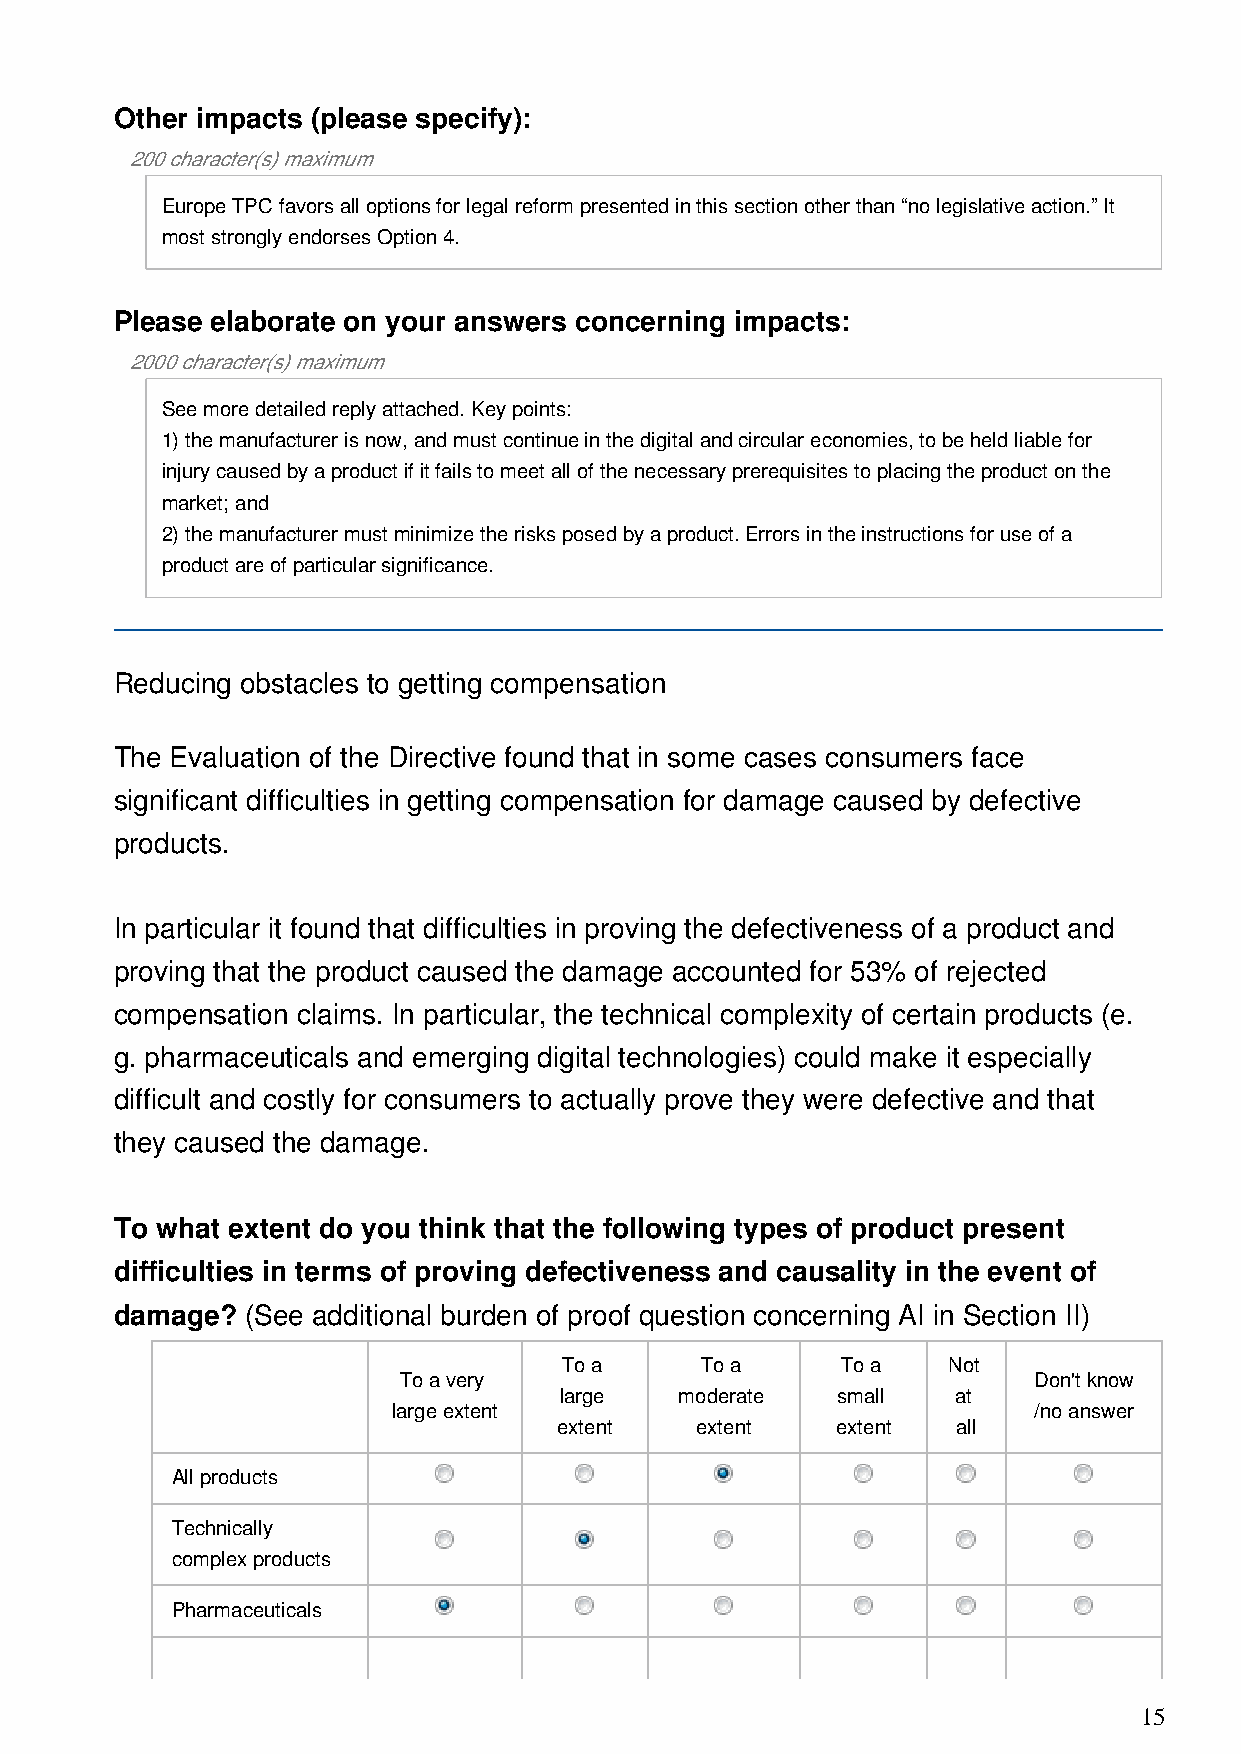
Other impacts (please specify):
 200 character(s) maximum
 Europe TPC favors all options for legal reform presented in this section other than “no legislative action.” It
 most strongly endorses Option 4.
 Please elaborate on your answers concerning impacts:
 2000 character(s) maximum
 See more detailed reply attached. Key points:
 1) the manufacturer is now, and must continue in the digital and circular economies, to be held liable for
 injury caused by a product if it fails to meet all of the necessary prerequisites to placing the product on the
 market; and
 2) the manufacturer must minimize the risks posed by a product. Errors in the instructions for use of a
 product are of particular significance.
 Reducing obstacles to getting compensation
 The Evaluation of the Directive found that in some cases consumers face
 significant difficulties in getting compensation for damage caused by defective
 products.
 In particular it found that difficulties in proving the defectiveness of a product and
 proving that the product caused the damage accounted for 53% of rejected
 compensation claims. In particular, the technical complexity of certain products (e.
 g. pharmaceuticals and emerging digital technologies) could make it especially
 difficult and costly for consumers to actually prove they were defective and that
 they caused the damage.
 To what extent do you think that the following types of product present
 difficulties in terms of proving defectiveness and causality in the event of
 damage? (See additional burden of proof question concerning AI in Section II)
 To a     To a      To a   Not
 To a very                                 Don't know
 large   moderate  small   at
 large extent                              /no answer
 extent   extent   extent  all
 All products
 Technically
 complex products
 Pharmaceuticals
 15